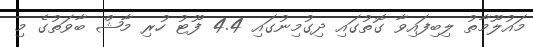
މައުލޫމާތު ލިބިފައިވާ ގޮތުގައި ދިގުމިނުގައި 4.4 ފޫޓު ހުރި މާޝް ބާވަތުގެ މި